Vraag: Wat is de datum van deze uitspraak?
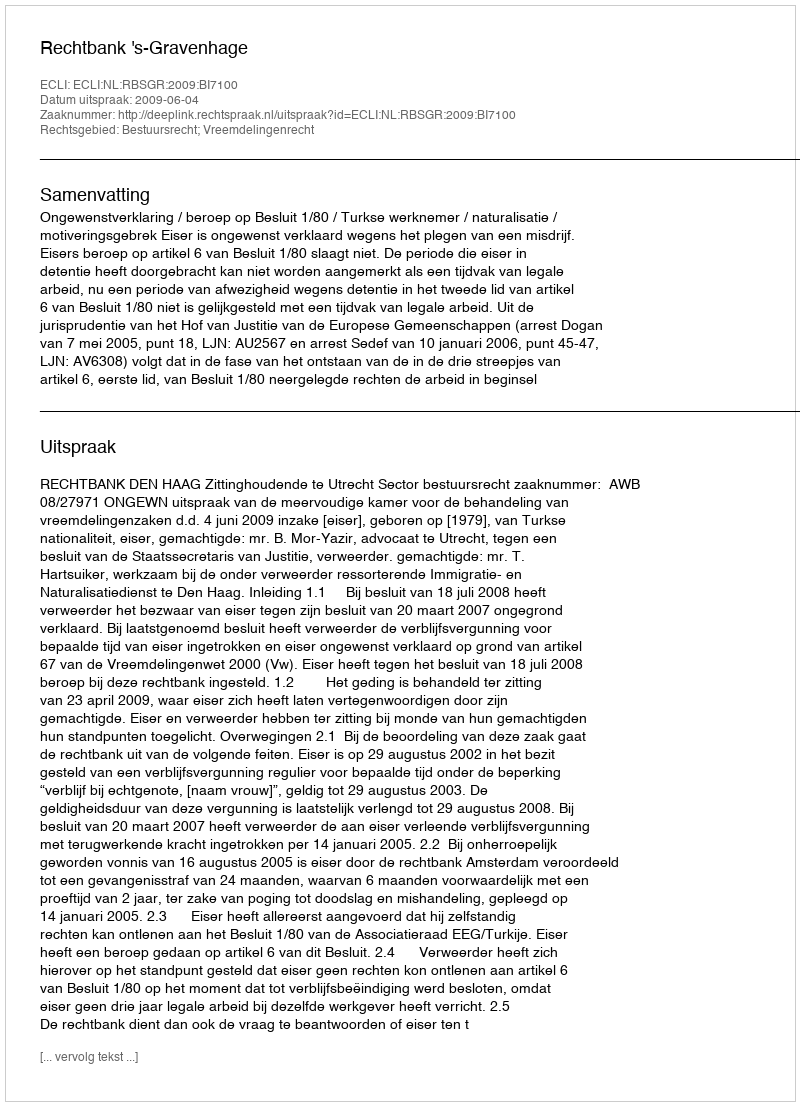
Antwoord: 2009-06-04